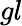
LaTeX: gl